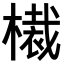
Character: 𣚸